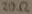
Text: 20Ω